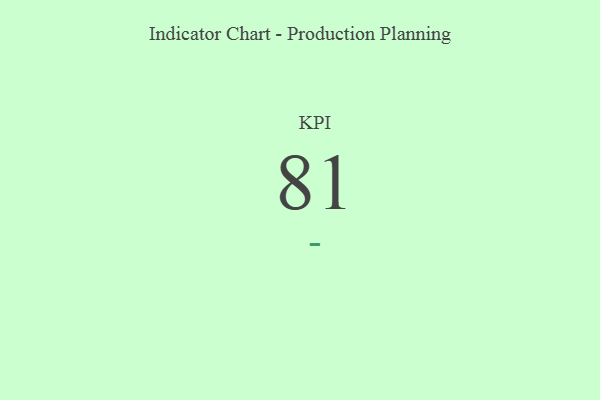
{"axis": {"x": "KPI", "y": "Value"}, "legend": [""], "data": [{"x": "KPI", "y": 81, "type": ""}]}